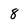
Character: 8